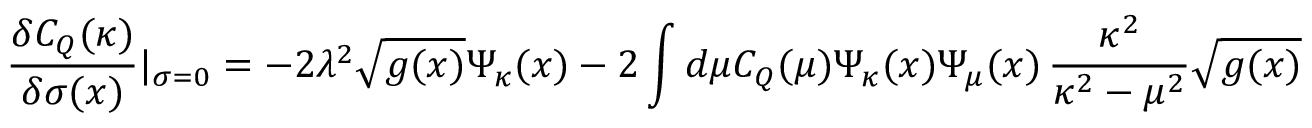
\frac { \delta C _ { Q } ( \kappa ) } { \delta \sigma ( x ) } | _ { \sigma = 0 } = - 2 \lambda ^ { 2 } \sqrt { g ( x ) } \Psi _ { \kappa } ( x ) - 2 \int d \mu C _ { Q } ( \mu ) \Psi _ { \kappa } ( x ) \Psi _ { \mu } ( x ) \, \frac { \kappa ^ { 2 } } { \kappa ^ { 2 } - \mu ^ { 2 } } \sqrt { g ( x ) }